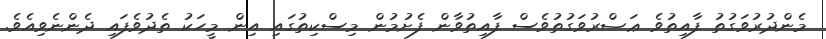
މެންދުރުވަގުތު ފާއިތުވެ ޢަޞްރުވަގުތުވެސް ފާއިތުވާން ފެށުމުން މިސްކިތުގައި އިން މީހަކު ތެދުވެފައި ދެންނެވިއެވެ.